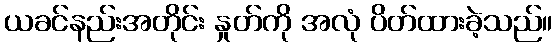
ယခင်နည်းအတိုင်း နှုတ်ကို အလုံ ပိတ်ထားခဲ့သည်။